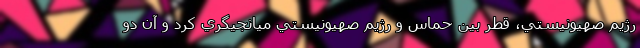
رژيم صهيونيستي، قطر بين حماس و رژيم صهيونيستي ميانجيگري کرد و آن دو